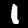
Digit: 1